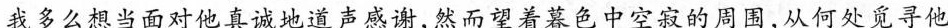
我多么想当面对他真诚地道声感谢，然而望着暮色中空寂的周围，从何处觅寻他